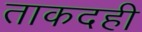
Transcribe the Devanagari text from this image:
ताकदही